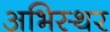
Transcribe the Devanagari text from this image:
अभिस्थर